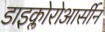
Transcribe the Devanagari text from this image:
डाइक्लोरोआर्सीन